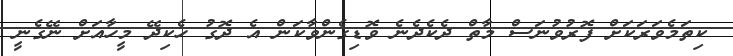
ކިތަމެވަރަކަށް ފޮރުވުނަސް މާތް ދެކެދެނެ ވޮޑިގެންވާކަން އެ ދޮގު ހެކިދޭ މީހާއަށް ނޭގެނީ